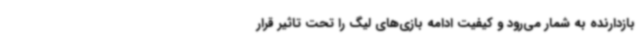
بازدارنده به شمار می‌رود و کیفیت ادامه بازی‌های لیگ را تحت تاثیر قرار